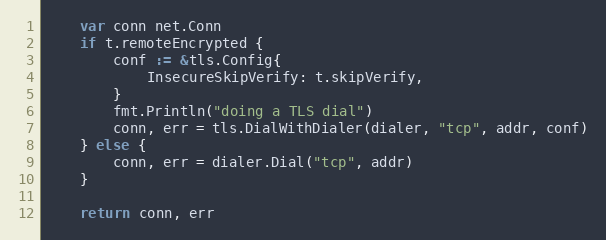
Language: Go
	var conn net.Conn
	if t.remoteEncrypted {
		conf := &tls.Config{
			InsecureSkipVerify: t.skipVerify,
		}
		fmt.Println("doing a TLS dial")
		conn, err = tls.DialWithDialer(dialer, "tcp", addr, conf)
	} else {
		conn, err = dialer.Dial("tcp", addr)
	}

	return conn, err